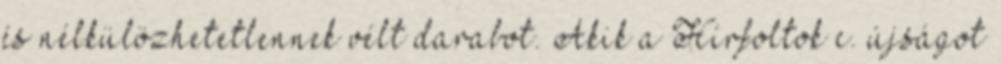
és nélkülözhetetlennek vélt darabot. Akik a Hírfoltok c. újságot